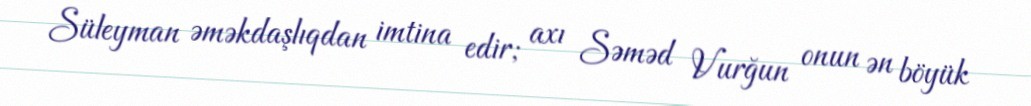
Süleyman əməkdaşlıqdan imtina edir; axı Səməd Vurğun onun ən böyük